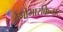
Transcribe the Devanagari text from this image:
टैंगोमारक्किनाट